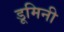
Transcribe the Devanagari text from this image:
डूमिनी